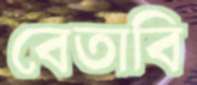
বেতাবি